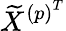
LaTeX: \widetilde{X}^{{(p)}^{T}}